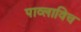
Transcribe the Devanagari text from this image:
पाव्लाविच